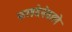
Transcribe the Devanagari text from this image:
फलदेनेवाले